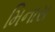
મિનાસ